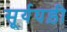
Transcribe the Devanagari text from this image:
सूर्यघड़ी